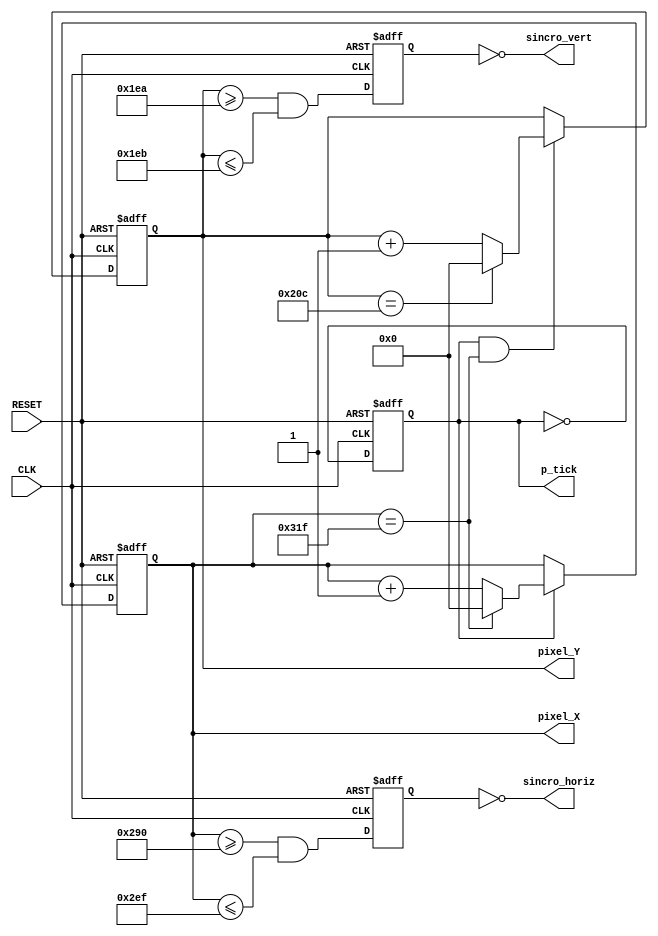
//////////////////////////////////////////////////////////////////////////////////
// Company: ITCR
// 
// Design Name:    
// Module Name:    Sincronizador_VGA.
// Project Name:   Controlador_VGA.
// Target Devices: 
// Tool versions: 
// Description: 
//
// Dependencies: 
//
// Revision: 
// Revision 0.01 - File Created
// Additional Comments: 
//
//////////////////////////////////////////////////////////////////////////////////

module Sincronizador_VGA(
	input wire CLK, RESET,
	output wire sincro_horiz, sincro_vert, p_tick,
	output wire [9:0] pixel_X, pixel_Y
    );
	
	//declaracin de constantes
	//parametros de sincronizacin del controlador VGA 640x480
	//dichos valores o parametros salen de las graficas
	localparam HM = 640   ; //area de muestro horizontal
	localparam H_izq = 48 ; //borde izquierdo horizontal
	localparam H_der = 16 ; //borde derecho horizontal
	localparam H_retraz=96; //retrazo horizontal
	localparam VM = 480   ; //area de muestro vertical
	localparam V_sup = 10 ; //borde superior vertical
	localparam V_inf = 33 ; //borde inferior vertical
	localparam V_retraz=2 ; //retrazo vertical
	
	//modulo 2 contadores
	reg mod2_registro;
	wire mod2_siguiente;
	
	//contadores sincronos
	reg [9:0] cont_horiz_regist, cont_horiz_siguiente; //cont=contador
	reg [9:0] cont_vert_regist, cont_vert_siguiente;   //cont=contador
	
	//salida del buffer 
	reg sincr_vert_reg, sincr_horiz_reg; //registro vertical sincronizador, registro horizontal soncronizador
	wire sincr_vert_siguiente, sincr_horiz_siguiente; // sincronizacin vertical siguiente, sincronizacin horizontal siguiente
	
	//Estado de seal
	wire horiz_fin, vert_fin, pixel_tick; // finalizacin horizontal, final vertical,
	
	//Cuerpo/Registros
	
	always @ (posedge CLK, posedge RESET)
	
		if (RESET) begin //caracteristicas del reinicio de pantalla
			mod2_registro <= 1'b0;
			cont_vert_regist <= 0;
			cont_horiz_regist <=0;
			sincr_vert_reg <=1'b0;
			sincr_horiz_reg <=1'b0;
		end
		else begin
			mod2_registro <= mod2_siguiente;
			cont_vert_regist <= cont_vert_siguiente;
			cont_horiz_regist <=cont_horiz_siguiente;
			sincr_vert_reg <=sincr_vert_siguiente;
			sincr_horiz_reg <=sincr_horiz_siguiente;
		end
	
	//mod_2 circuito para generar 25MHz habilitador pulga 
	assign mod2_siguiente =~mod2_registro;
	assign pixel_tick = mod2_registro;
	
	//Estados de seal
	//FIN indicador Contador horizontal 0-799
	assign horiz_fin = (cont_horiz_regist==(HM+H_izq+H_der+H_retraz-1));
	//FIN indicador contador vertical 0-524
	assign vert_fin = (cont_vert_regist==(VM+V_sup+V_inf+V_retraz-1));
	
	//etapa de contador sincronico horizontal 800
	always @* begin
		if (pixel_tick) //25MHz pulso
			if (horiz_fin) 
				cont_horiz_siguiente = 0;
			else
				cont_horiz_siguiente = cont_horiz_regist + 1;
		else
			cont_horiz_siguiente = cont_horiz_regist;
	end
	//etapa contador sincrono vertical 525
	always @* begin
		if (pixel_tick & horiz_fin) begin
			if (vert_fin)
				cont_vert_siguiente = 0;
			else
				cont_vert_siguiente = cont_vert_regist + 1;
		end
		else
			cont_vert_siguiente = cont_vert_regist;
	end
	
//	Se toma en cuenta la parte de retrazo, de 656-751 en horizontal
// Asignando un valor booleano a sincr_horiz_siguiente
	
	assign sincr_horiz_siguiente = ((cont_horiz_regist >= (HM+H_der)) && (cont_horiz_regist <= (HM+H_der+H_retraz-1)));
	
// Se toma en cuenta la parte de retrazo, de 490 a 491
// Asignando un valor booleano a sincr_vert_siguiente
	assign sincr_vert_siguiente = ((cont_vert_regist >= (VM+V_sup)) && (cont_vert_regist <= (VM+V_sup+V_retraz-1)));
	
//Seales de salida, las cuales van al generador de pixeles
	assign sincro_horiz = ~sincr_horiz_reg;
	assign sincro_vert = ~sincr_vert_reg;
	assign pixel_X = cont_horiz_regist;
	assign pixel_Y = cont_vert_regist;
	assign p_tick = pixel_tick;
	
endmodule